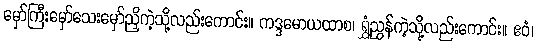
မှော်ကြီးမှော်သေးမှော်ညှိကဲ့သို့လည်းကောင်း။ ကဒ္ဒမောယထာစ၊ ရွှံ့ညွန်ကဲ့သို့လည်းကောင်း။ ဧဝံ၊